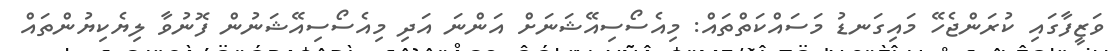
ވަޒީފާގައި ކުރަންޖެހޭ މައިގަނޑު މަސައްކަތްތައް: މިއެސޯސިއޭޝަނަށް އަންނަ އަދި މިއެސޯސިއޭޝަނުން ފޮނުވާ ލިޔެކިޔުންތައް